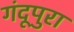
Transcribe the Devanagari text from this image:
गंदूपुरा